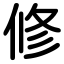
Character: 修